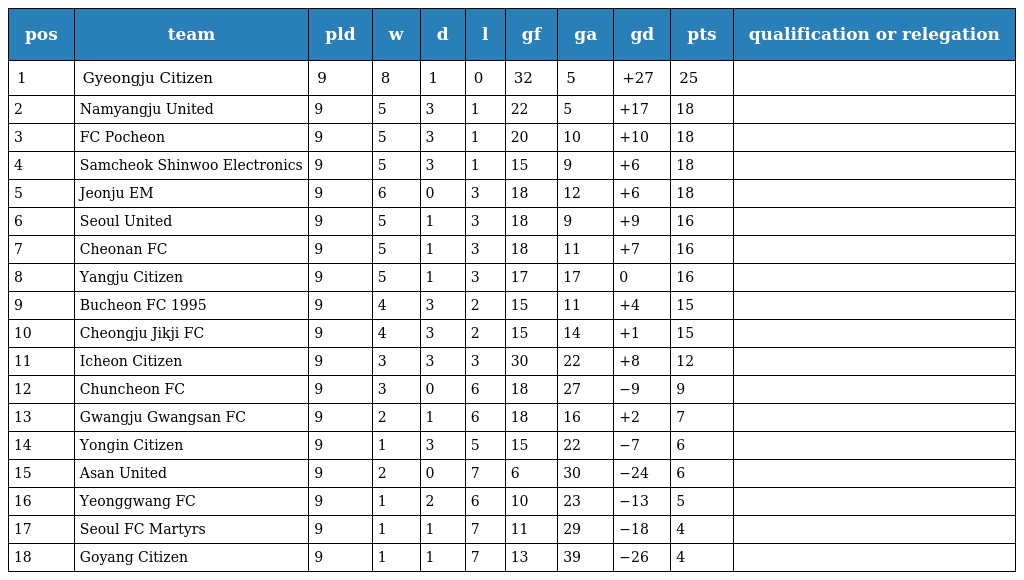
| pos | team | pld | w | d | l | gf | ga | gd | pts | qualification or relegation |
 | --- | --- | --- | --- | --- | --- | --- | --- | --- | --- | --- |
 | 1 | Gyeongju Citizen | 9 | 8 | 1 | 0 | 32 | 5 | +27 | 25 |  |
 | 2 | Namyangju United | 9 | 5 | 3 | 1 | 22 | 5 | +17 | 18 |  |
 | 3 | FC Pocheon | 9 | 5 | 3 | 1 | 20 | 10 | +10 | 18 |  |
 | 4 | Samcheok Shinwoo Electronics | 9 | 5 | 3 | 1 | 15 | 9 | +6 | 18 |  |
 | 5 | Jeonju EM | 9 | 6 | 0 | 3 | 18 | 12 | +6 | 18 |  |
 | 6 | Seoul United | 9 | 5 | 1 | 3 | 18 | 9 | +9 | 16 |  |
 | 7 | Cheonan FC | 9 | 5 | 1 | 3 | 18 | 11 | +7 | 16 |  |
 | 8 | Yangju Citizen | 9 | 5 | 1 | 3 | 17 | 17 | 0 | 16 |  |
 | 9 | Bucheon FC 1995 | 9 | 4 | 3 | 2 | 15 | 11 | +4 | 15 |  |
 | 10 | Cheongju Jikji FC | 9 | 4 | 3 | 2 | 15 | 14 | +1 | 15 |  |
 | 11 | Icheon Citizen | 9 | 3 | 3 | 3 | 30 | 22 | +8 | 12 |  |
 | 12 | Chuncheon FC | 9 | 3 | 0 | 6 | 18 | 27 | −9 | 9 |  |
 | 13 | Gwangju Gwangsan FC | 9 | 2 | 1 | 6 | 18 | 16 | +2 | 7 |  |
 | 14 | Yongin Citizen | 9 | 1 | 3 | 5 | 15 | 22 | −7 | 6 |  |
 | 15 | Asan United | 9 | 2 | 0 | 7 | 6 | 30 | −24 | 6 |  |
 | 16 | Yeonggwang FC | 9 | 1 | 2 | 6 | 10 | 23 | −13 | 5 |  |
 | 17 | Seoul FC Martyrs | 9 | 1 | 1 | 7 | 11 | 29 | −18 | 4 |  |
 | 18 | Goyang Citizen | 9 | 1 | 1 | 7 | 13 | 39 | −26 | 4 |  |